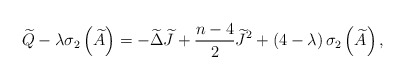
\begin{align*}\widetilde{Q}-\lambda \sigma _{2}\left( \widetilde{A}\right) =-\widetilde{\Delta }\widetilde{J}+\frac{n-4}{2}\widetilde{J}^{2}+\left( 4-\lambda\right) \sigma _{2}\left( \widetilde{A}\right) , \end{align*}